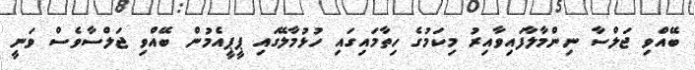
ބޭއްވި ޖަލްސާ ނިންމާލާފައިވާއިރު މިކަމުގެ ހިތާމައިގައި ހުޅުމާލޭގައި ޕީޕީއެމުން ބޭއްވި ޖަލްސާވެސް ވަނީ